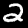
Label: 2